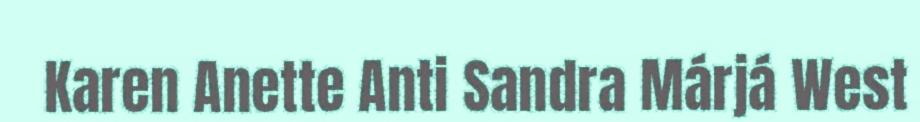
Karen Anette Anti Sandra Márjá West